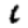
Digit: 1